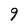
Character: 9